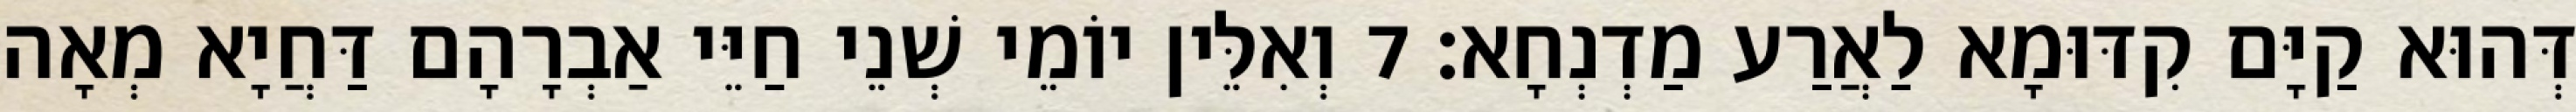
דְּהוּא קַיָּם קִדּוּמָא לַאֲרַע מַדְנְחָא׃ 7 וְאִלֵּין יוֹמֵי שְׁנֵי חַיֵּי אַבְרָהָם דַּחֲיָא מְאָה